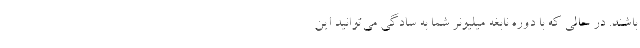
باشند. در حالی که با دوره نابغه میلیونر شما به سادگی می‌توانید این